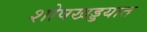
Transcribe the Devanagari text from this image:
शोषखड्डयात